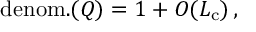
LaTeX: \mathrm { d e n o m . } ( Q ) = 1 + { \cal O } ( { \cal L } _ { \mathrm { c } } ) \, ,